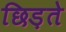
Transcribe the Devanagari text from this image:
छिड़ते